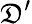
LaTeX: \mathfrak{D}^{\prime}